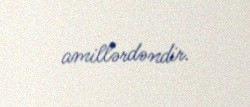
amillərdəndir.